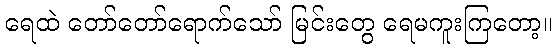
ရေထဲ တော်တော်ရောက်သော် မြင်းတွေ ရေမကူးကြတော့။